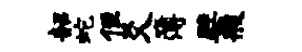
韶蛇侄爻簿檗艘